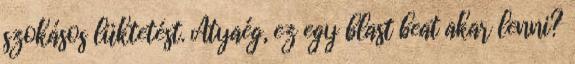
szokásos lüktetést. Atyaég, ez egy blast beat akar lenni?